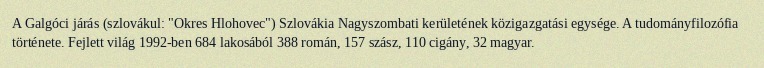
A Galgóci járás (szlovákul: "Okres Hlohovec") Szlovákia Nagyszombati kerületének közigazgatási egysége. A tudományfilozófia története. Fejlett világ 1992-ben 684 lakosából 388 román, 157 szász, 110 cigány, 32 magyar.